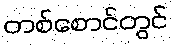
တစ်စောင်တွင်